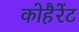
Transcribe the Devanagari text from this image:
कोहैरेंट